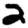
Digit: 2